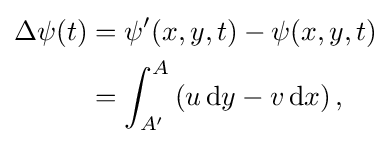
{\begin{aligned}\Delta \psi (t)&=\psi '(x,y,t)-\psi (x,y,t)\\&=\int _{A'}^{A}\left(u\,\mathrm {d} y-v\,\mathrm {d} x\right),\end{aligned}}